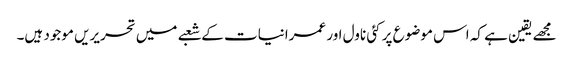
مجھے یقین ہے کہ اس موضوع پر کئی ناول اور عمرانیات کے شعبے میں تحریریں موجود ہیں۔